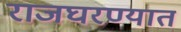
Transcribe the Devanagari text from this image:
राजघरण्यात